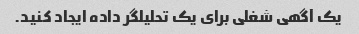
یک آگهی شغلی برای یک تحلیلگر داده ایجاد کنید.